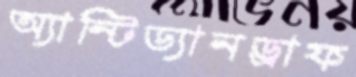
অ্যান্টিড্যানড্রাফ